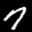
Label: 7